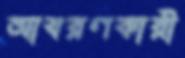
আবরণকারী